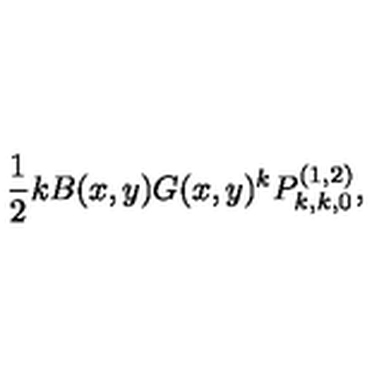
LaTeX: \frac { 1 } { 2 } k B ( x , y ) G ( x , y ) ^ { k } P _ { k , k , 0 } ^ { ( 1 , 2 ) } ,